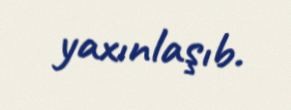
yaxınlaşıb.